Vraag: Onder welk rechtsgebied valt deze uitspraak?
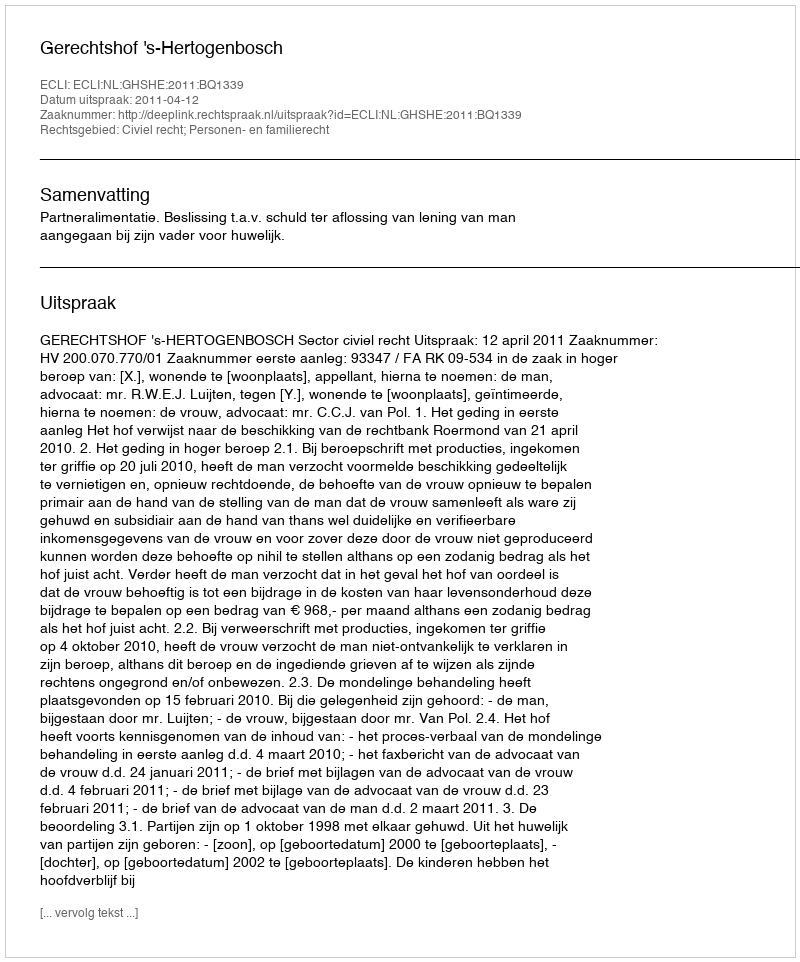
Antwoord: Civiel recht; Personen- en familierecht